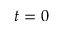
t = 0